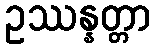
ဥဿန္နတ္တာ